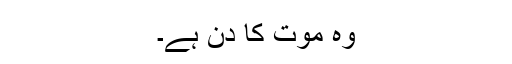
وہ موت کا دن ہے۔